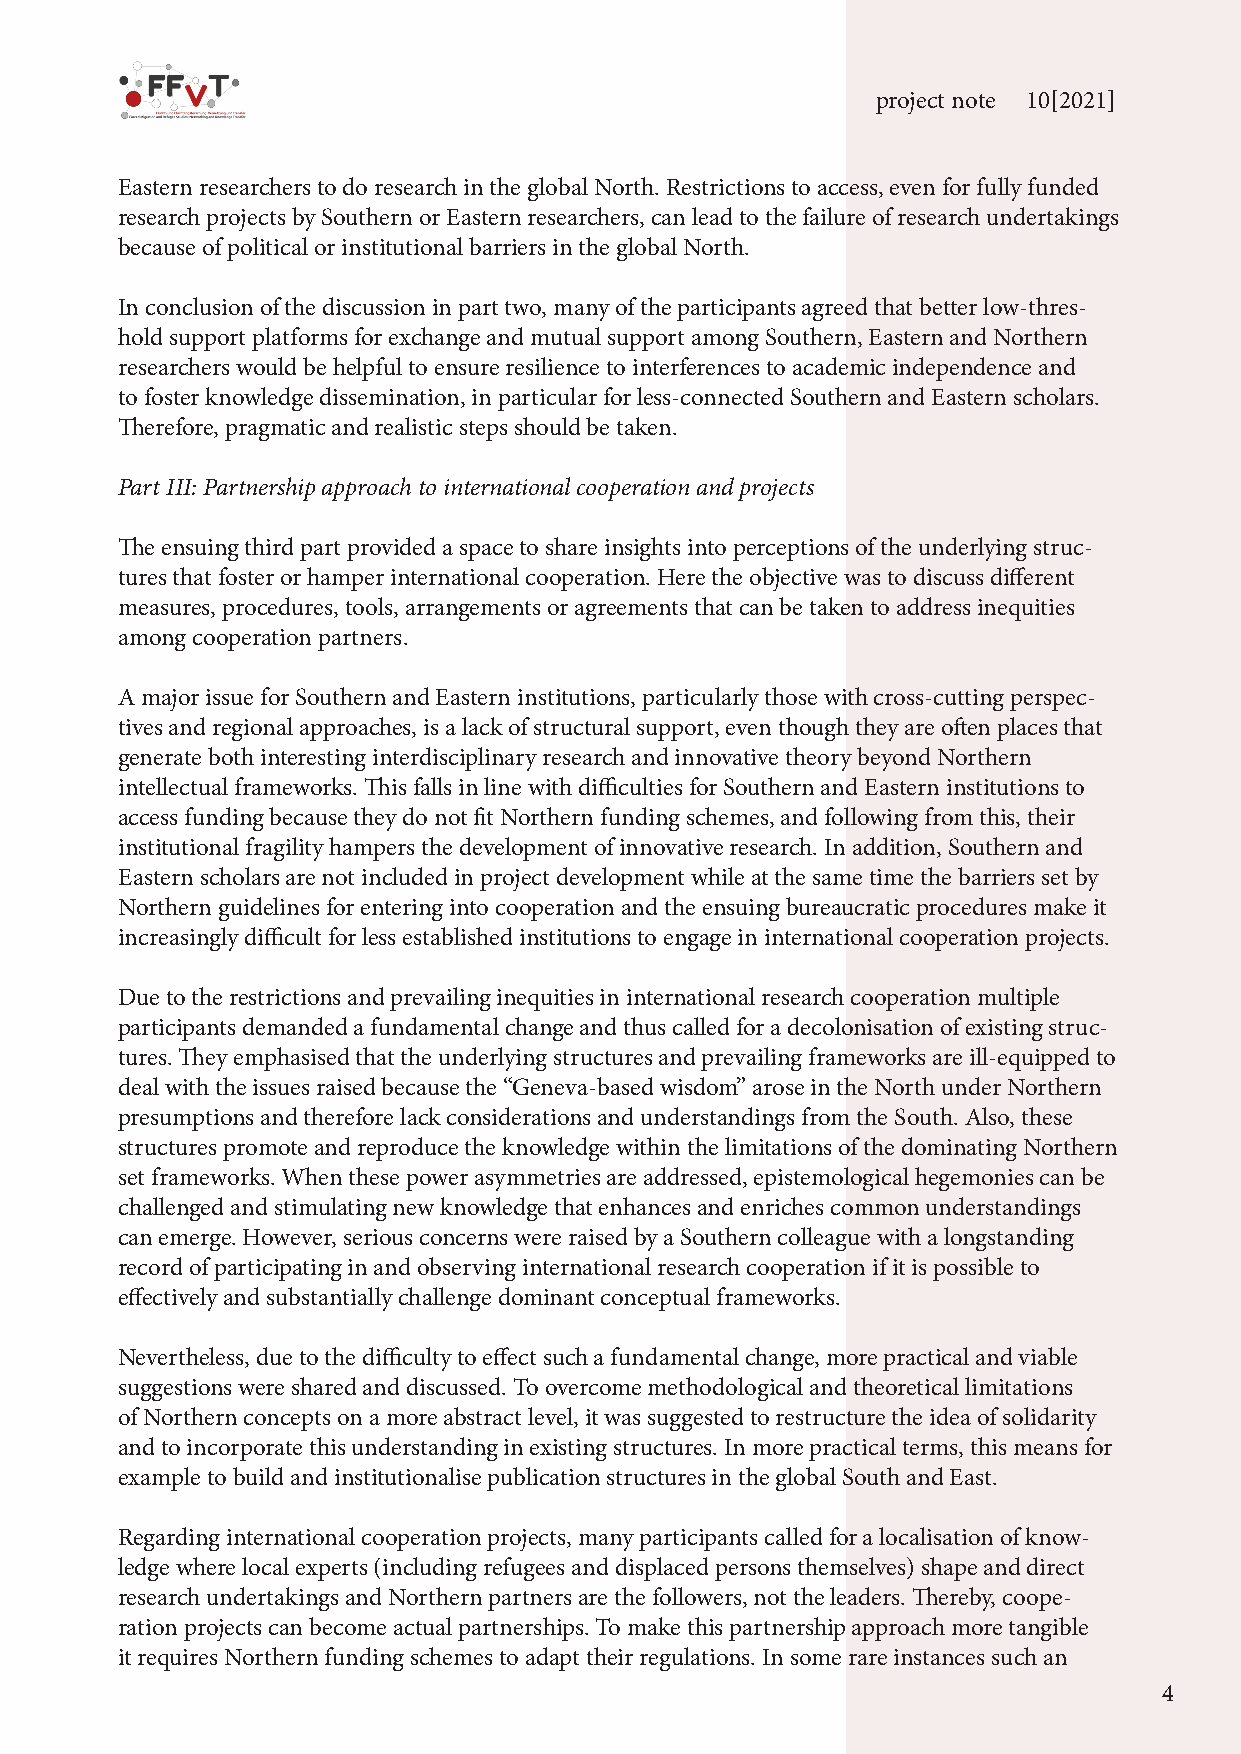
project note 10[2021]
 Eastern researchers to do research in the global North. Restrictions to access, even for fully funded
 research projects by Southern or Eastern researchers, can lead to the failure of research undertakings
 because of political or institutional barriers in the global North.
 In conclusion of the discussion in part two, many of the participants agreed that better low-thres-
 hold support platforms for exchange and mutual support among Southern, Eastern and Northern
 researchers would be helpful to ensure resilience to interferences to academic independence and
 to foster knowledge dissemination, in particular for less-connected Southern and Eastern scholars.
 Therefore, pragmatic and realistic steps should be taken.
 Part III: Partnership approach to international cooperation and projects
 The ensuing third part provided a space to share insights into perceptions of the underlying struc-
 tures that foster or hamper international cooperation. Here the objective was to discuss different
 measures, procedures, tools, arrangements or agreements that can be taken to address inequities
 among cooperation partners.
 A major issue for Southern and Eastern institutions, particularly those with cross-cutting perspec-
 tives and regional approaches, is a lack of structural support, even though they are often places that
 generate both interesting interdisciplinary research and innovative theory beyond Northern
 intellectual frameworks. This falls in line with difficulties for Southern and Eastern institutions to
 access funding because they do not fit Northern funding schemes, and following from this, their
 institutional fragility hampers the development of innovative research. In addition, Southern and
 Eastern scholars are not included in project development while at the same time the barriers set by
 Northern guidelines for entering into cooperation and the ensuing bureaucratic procedures make it
 increasingly difficult for less established institutions to engage in international cooperation projects.
 Due to the restrictions and prevailing inequities in international research cooperation multiple
 participants demanded a fundamental change and thus called for a decolonisation of existing struc-
 tures. They emphasised that the underlying structures and prevailing frameworks are ill-equipped to
 deal with the issues raised because the “Geneva-based wisdom” arose in the North under Northern
 presumptions and therefore lack considerations and understandings from the South. Also, these
 structures promote and reproduce the knowledge within the limitations of the dominating Northern
 set frameworks. When these power asymmetries are addressed, epistemological hegemonies can be
 challenged and stimulating new knowledge that enhances and enriches common understandings
 can emerge. However, serious concerns were raised by a Southern colleague with a longstanding
 record of participating in and observing international research cooperation if it is possible to
 effectively and substantially challenge dominant conceptual frameworks.
 Nevertheless, due to the difficulty to effect such a fundamental change, more practical and viable
 suggestions were shared and discussed. To overcome methodological and theoretical limitations
 of Northern concepts on a more abstract level, it was suggested to restructure the idea of solidarity
 and to incorporate this understanding in existing structures. In more practical terms, this means for
 example to build and institutionalise publication structures in the global South and East.
 Regarding international cooperation projects, many participants called for a localisation of know-
 ledge where local experts (including refugees and displaced persons themselves) shape and direct
 research undertakings and Northern partners are the followers, not the leaders. Thereby, coope-
 ration projects can become actual partnerships. To make this partnership approach more tangible
 it requires Northern funding schemes to adapt their regulations. In some rare instances such an
 4